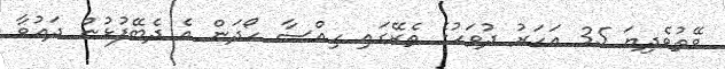
ވޭތުވެދިޔަ 35 އަހަރު ދުވަހުގެ ތެރޭގައި ހިއްސާ ހޯދަން އެ ދެބޭފުޅުން ދައުވާ